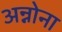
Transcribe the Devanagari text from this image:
अन्नोना